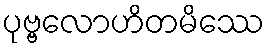
ပုဗ္ဗလောဟိတမိဿေ